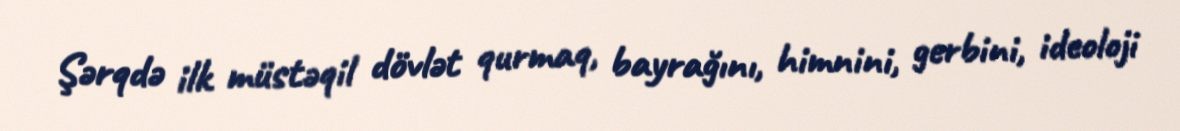
Şərqdə ilk müstəqil dövlət qurmaq, bayrağını, himnini, gerbini, ideoloji